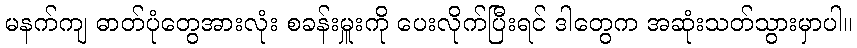
မနက်ကျ ဓာတ်ပုံတွေအားလုံး စခန်းမှူးကို ပေးလိုက်ပြီးရင် ဒါတွေက အဆုံးသတ်သွားမှာပါ။